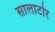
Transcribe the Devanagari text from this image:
सालाटोर